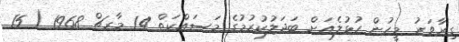
ގިރާވަރު މީހުން ހުޅުލެއަށް ބަދަލުކުރުމުގެ މަސައްކަތް 14 މާރޗް 1968 ( 15